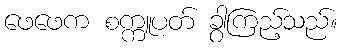
ဖေဖေက စက္ကူပတ် ခွာကြည့်သည်။